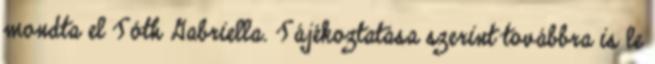
mondta el Tóth Gabriella. Tájékoztatása szerint továbbra is le